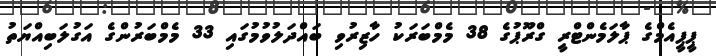
ޕީޕީއެމްގެ ޕާލަމެންޓްރީ ގްރޫޕުގެ 38 މެމްބަރަކު ހާޒިރުވި ބައްދަލުވުމުގައި 33 މެމްބަރުންގެ އަގުލަބިއްޔަތު